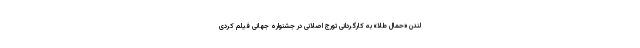
لندن «حمال طلا» به كارگردانى تورج اصلانى در جشنواره جهانی فیلم کُردی